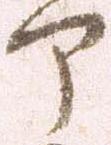
部